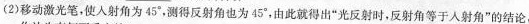
(2)移动激光笔，使人射角为45°，测得反射角也为45°，由此就得出“光反射时，反射角等于入射角”的结论，